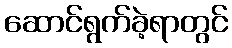
ဆောင်ရွက်ခဲ့ရာတွင်